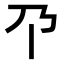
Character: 𫡄